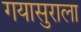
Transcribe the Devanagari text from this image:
गयासुराला